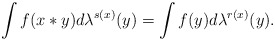
\begin{gather*}\int f(x*y)d\lambda^{s(x)}(y)=\int f(y)d\lambda^{r(x)}(y).\end{gather*}